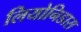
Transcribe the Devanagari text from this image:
लियोनिडास